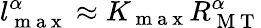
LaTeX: l_{\mathrm{~m~a~x~}}^{\alpha}\approx K_{\mathrm{~m~a~x~}}R_{\mathrm{~M~T~}}^{\alpha}